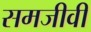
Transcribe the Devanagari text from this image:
समजीवी